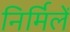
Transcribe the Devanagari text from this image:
निर्मिलें